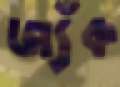
জ্যঁক